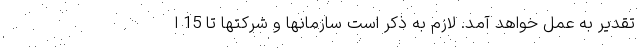
تقدیر به عمل خواهد آمد. لازم به ذکر است سازمانها و شرکتها تا 15 ا